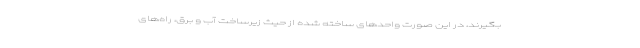
بگیرند، در این صورت واحدهای ساخته شده از حیث زیرساخت آب و برق، راه‌های